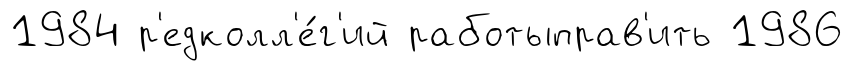
1984 р'едколл'е́г'ий работыправ'ить 1986